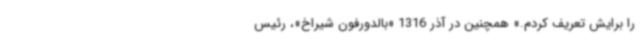
را برایش تعریف کردم.» همچنین در آذر 1316 «بالدورفون شیراخ»، رئیس